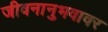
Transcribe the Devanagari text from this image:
जीवनानुभवावर